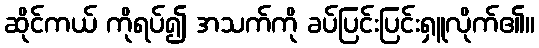
ဆိုင်ကယ် ကိုရပ်၍ အသက်ကို ခပ်ပြင်းပြင်းရှူလိုက်၏။